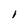
Character: i